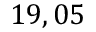
1 9 , 0 5